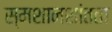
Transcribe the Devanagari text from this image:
स्मशानशांतता